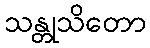
သန္တုသိတော